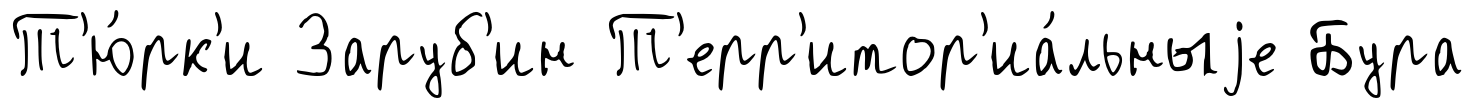
Т'ю́рк'и Заруб'ин Т'ерр'итор'иа́льныjе Бура